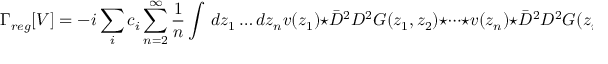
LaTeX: \Gamma _ { r e g } [ V ] = - i \sum _ { i } c _ { i } \sum _ { n = 2 } ^ { \infty } \frac { 1 } { n } \int \, d z _ { 1 } \dots d z _ { n } v ( z _ { 1 } ) \star \bar { D } ^ { 2 } D ^ { 2 } G ( z _ { 1 } , z _ { 2 } ) \star \dots \star v ( z _ { n } ) \star \bar { D } ^ { 2 } D ^ { 2 } G ( z _ { n } , z _ { 1 } ) ,